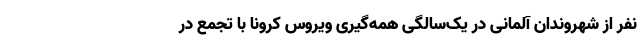
نفر از شهروندان آلمانی در یک‌سالگی همه‌گیری ویروس کرونا با تجمع در